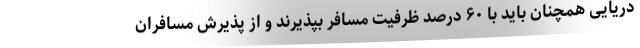
دریایی همچنان باید با ۶۰ درصد ظرفیت مسافر بپذیرند و از پذیرش مسافران